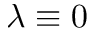
\lambda \equiv 0